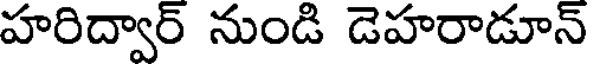
హరిద్వార్ నుండి డెహరాడూన్